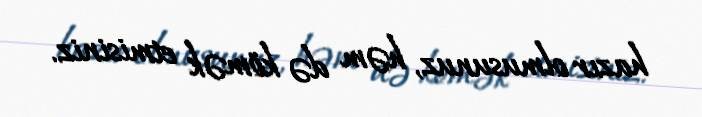
hazır olmusunuz, həm də kömək etmisiniz.